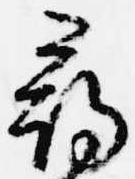
尋